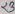
Text: 23